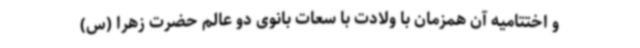
و اختتامیه آن همزمان با ولادت با سعات بانوی دو عالم حضرت زهرا (س)